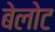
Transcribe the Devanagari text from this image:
बेलोट